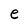
Character: e